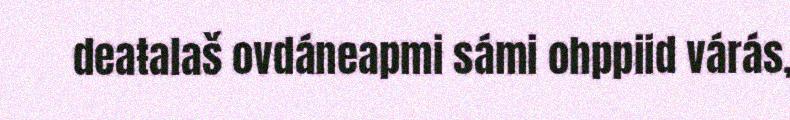
deaŧalaš ovdáneapmi sámi ohppiid várás,